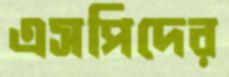
এসপিদের